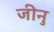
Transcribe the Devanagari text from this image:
जीनु